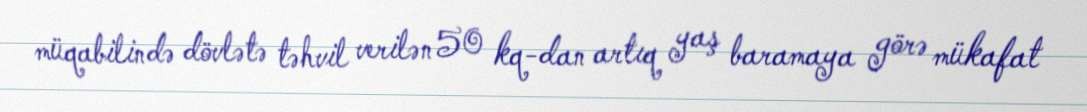
müqabilində dövlətə təhvil verilən 50 kq-dan artıq yaş baramaya görə mükafat